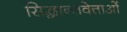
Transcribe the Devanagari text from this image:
सिद्धान्तवेत्ताओं